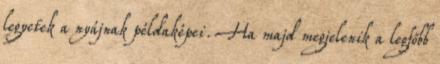
legyetek a nyájnak példaképei. Ha majd megjelenik a legfőbb